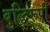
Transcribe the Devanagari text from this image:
बुद्धिरूपी